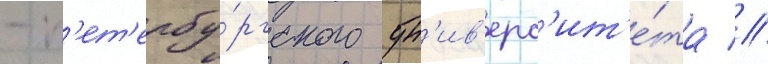
- п'ет'ербу́ргского ун'ив'ерс'ит'е́та //